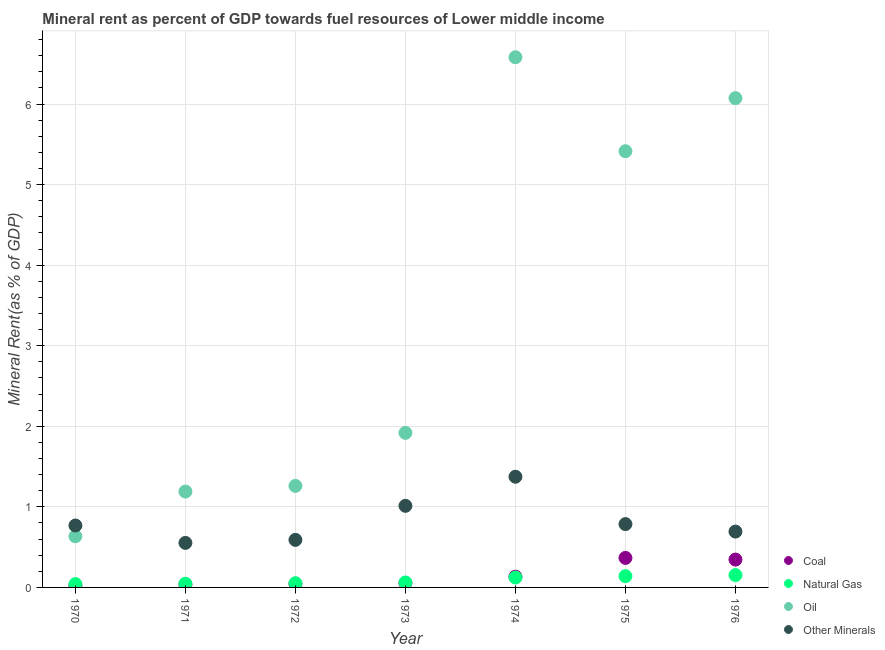
| Year | Coal | Natural Gas | Oil | Other Minerals |
 | --- | --- | --- | --- | --- |
 | 1970 | 0.0206 | 0.0412 | 0.635 | 0.769 |
 | 1971 | 0.0368 | 0.0458 | 1.19 | 0.553 |
 | 1972 | 0.0446 | 0.052 | 1.26 | 0.59 |
 | 1973 | 0.0538 | 0.0614 | 1.92 | 1.01 |
 | 1974 | 0.133 | 0.123 | 6.58 | 1.37 |
 | 1975 | 0.366 | 0.14 | 5.41 | 0.786 |
 | 1976 | 0.346 | 0.153 | 6.07 | 0.693 |